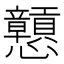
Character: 戅